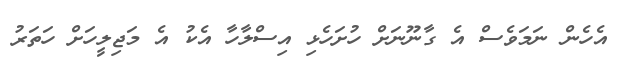
އެހެން ނަމަވެސް އެ ގާނޫނަށް ހުށަހެޅި އިސްލާހާ އެކު އެ މަޖިލީހަށް ހަތަރު